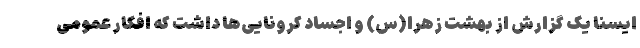
ایسنا یک گزارش از بهشت زهرا(س) و اجساد کرونایی‌ها داشت که افکار عمومی